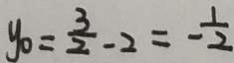
y _ { 0 } = \frac { 3 } { 2 } - 2 = - \frac { 1 } { 2 }